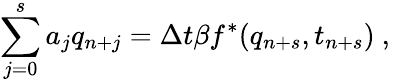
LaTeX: \sum_{j=0}^{s}a_{j}q_{n+j}=\Delta t\beta f^{*}(q_{n+s},t_{n+s})\mathrm{~,~}